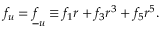
f _ { u } = \underline { { { f } } } _ { u } \equiv f _ { 1 } r + f _ { 3 } r ^ { 3 } + f _ { 5 } r ^ { 5 } .